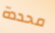
محددة